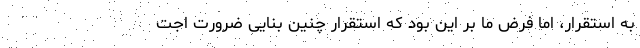
به استقرار، اما فرض ما بر این بود که استقرار چنین بنایی ضرورت اجت